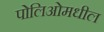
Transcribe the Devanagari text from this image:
पोलिओमधील